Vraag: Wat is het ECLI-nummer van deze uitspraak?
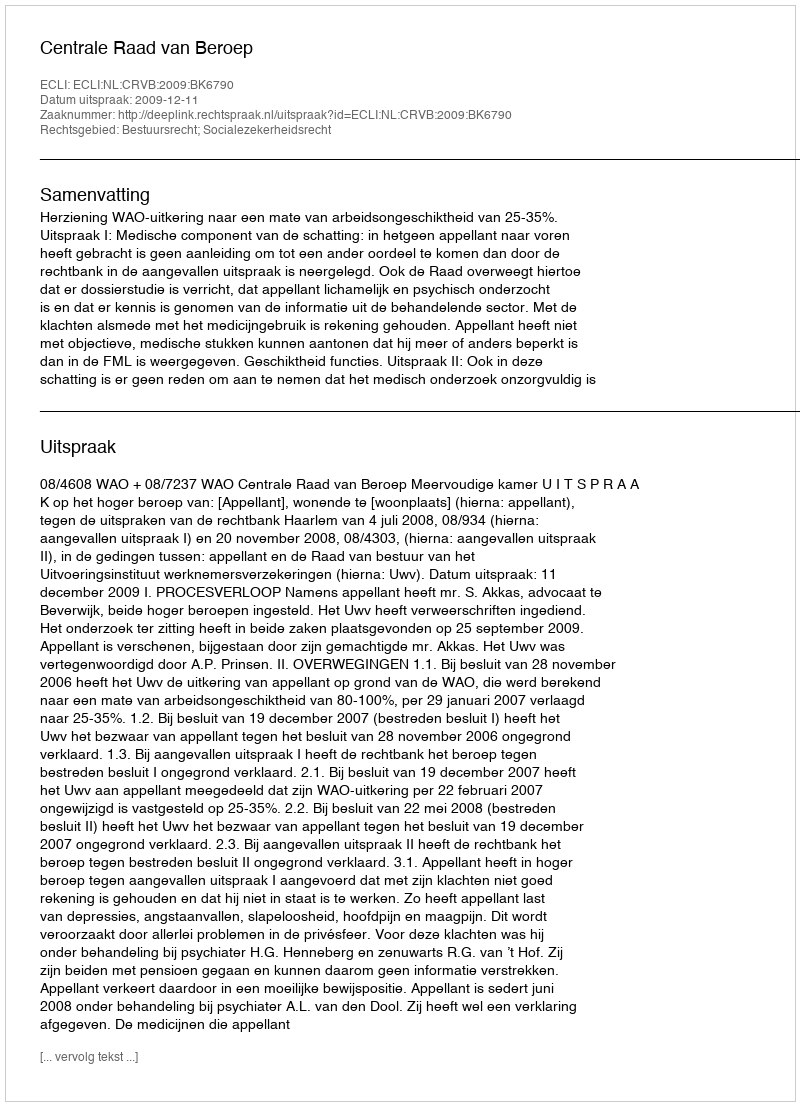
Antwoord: ECLI:NL:CRVB:2009:BK6790